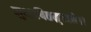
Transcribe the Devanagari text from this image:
सुभाषितमुच्यते।।